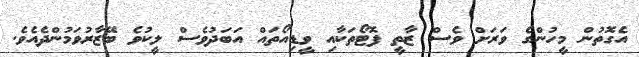
އެގޮތުން މީހުންގެ ވަރަށް ވެސް ޒާތީ ފޮޓޯތަކާއި ވީޑިއޯތައް އަބަދުވެސް ލީކުވެ ބޭޒާރުވަމުންދެއެވެ.